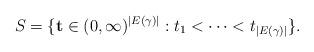
LaTeX: \begin{align*} S_{} = \{\mathbf{t} \in (0, \infty)^{|E(\gamma)|} : t_1 < \dots < t_{|E(\gamma)|}\}.\end{align*}